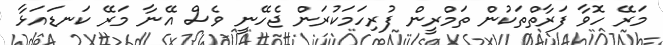
މަރޭ ހޮވާ ފަރާތްތަކުން ތަމްރީން ފުރިހަމަކުރަން ޖެހޭނީ ވެސް އޭނާ މަރޭ ކަނޑައަޅާ